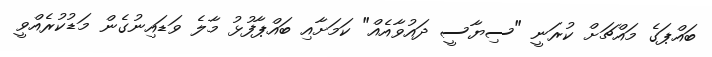
ބައްޕަގެ މައްޗަށް ކުރަނީ "ސިޔާސީ ދައުވާއެއް" ކަމަށާއި ބައްޕާފުޅު މާލެ ވަޑައިނުގެން މަޑުކުރެއްވީ